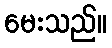
မေးသည်။